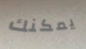
يمكنك